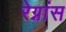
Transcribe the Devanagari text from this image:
रेग्नांस